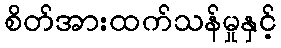
စိတ်အားထက်သန်မှုနှင့်